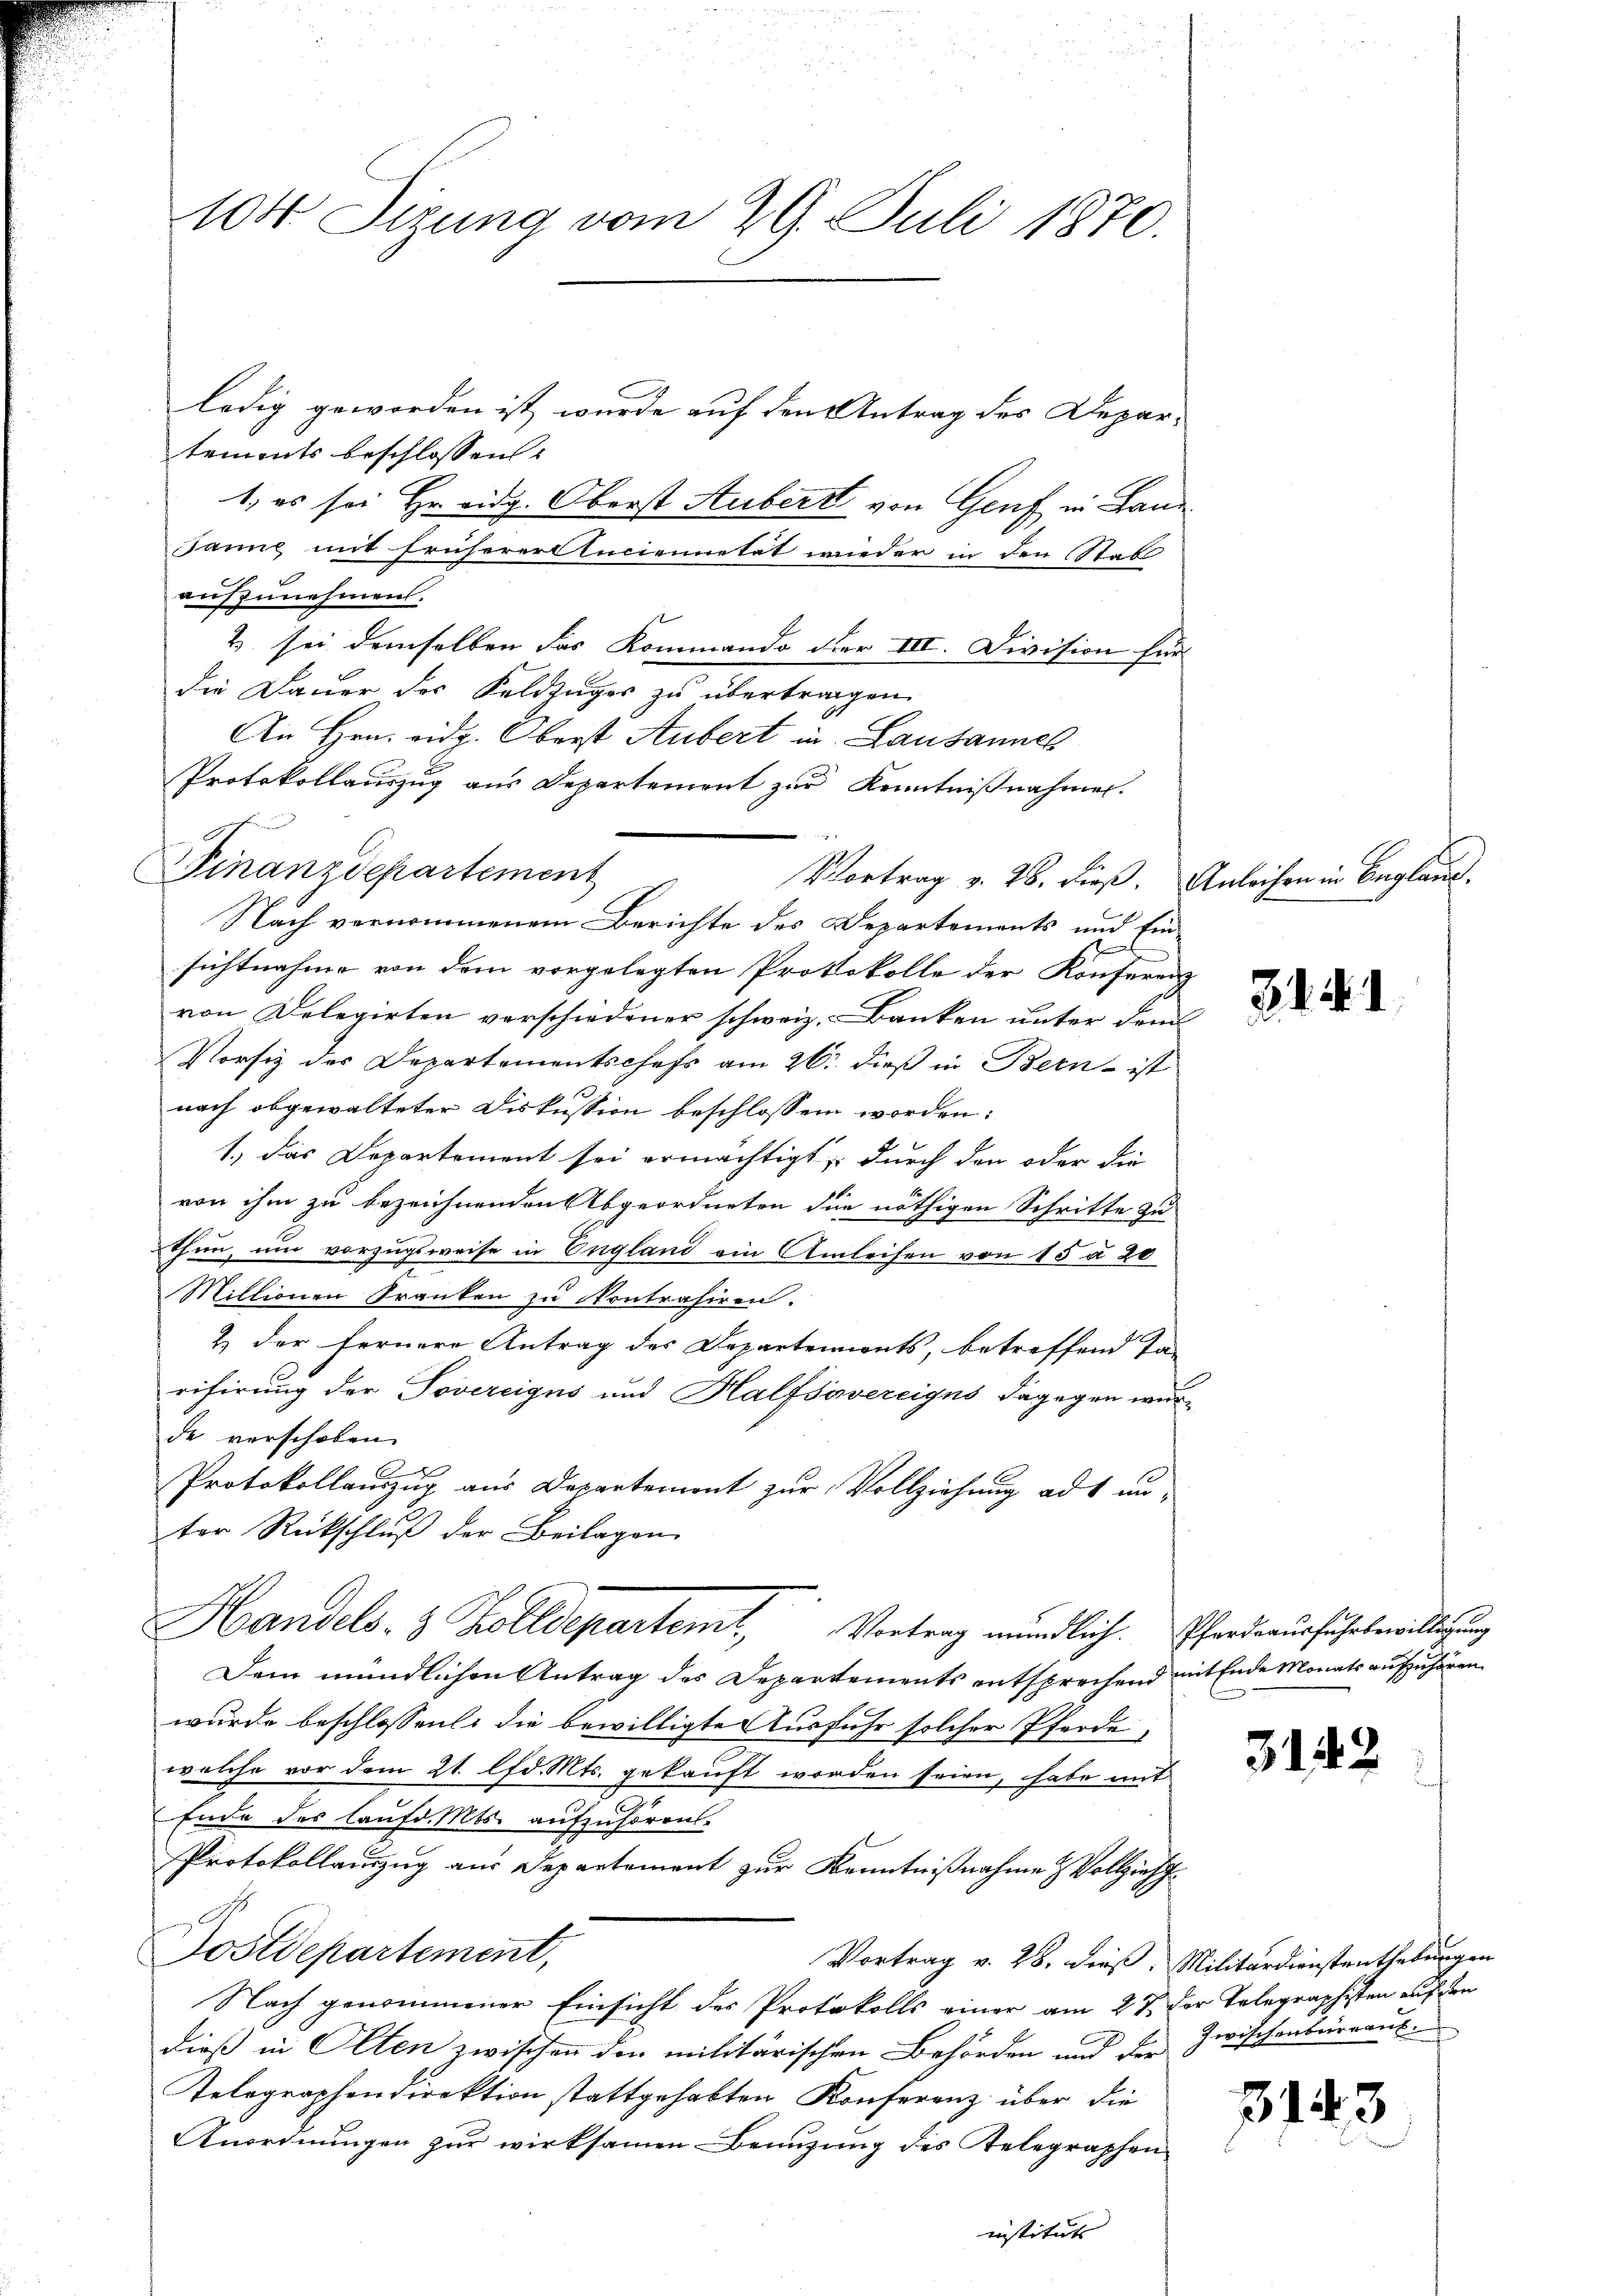
104 Sizung vom 29. Juli 1870.

Finanzdepartement

ledig geworden ist, wurde auf den Antrag des Depar-
tements beschlossen:
1, es sei Hr. eidg. Oberst Aubert von Genf in Land¬
Janne mit frühererllnciennetät wieder in den Statt
aufzunehmen.
2) sei demselben das Kommando der III. Division für
die Dauer der Feldzuges zu übertragen.
An Hrn. eidg. Oberst Aubert in Lausanneh
Protokollauszug aus Departement zur Kenntnißnahmen.
Vortrag v. 26. dieß. Anleihen in Beglaub¬
Nach vernommenem Berichte des Departements und Einsichtnahme von dem vorgelegten Protokolle der Konferenz
von Delegirten verschiedener schweiz. Banken unter dem
Vorsitz der Departementschefs am 26. dieß in Bern - ist
nach obgewalteter Diskussion beschlossen worden:
1.) das Departement sei ermächtigt, durch den oder die
von ihm zu bezeichnenden Abgeordneten die nöthigen Schritte zu
thun, um vorzugsweise in England ein Anleisen von 15 § 20
Millionen Franken zu contrasiren.
& der fernere Antrag des Departements, betreffend Ta-
rifirung der Tovereigus und Halfsovereigns dagegen würde verschoben.
e
2
Protokollauszug aus Departement zur Vollziehung ad un-
ter Rückschluß der Beilagen
Handels- & Zolldepartemt. Vortrag mündlich. Ehesausfuhrbewilligung
Dem mündlichen Antrag des Departements entsprechend mit Ende Monats aufzuhören.
wurde beschlossenti die bewilligte Ausfuhr solcher Pferde,
welche vor dem 21. lfd. Mts. gekauft worden seien, habe mit
Ende des lauf d. Mts. aufzuhören.
Protokollauszug aus Departement zur Kenntnißnahme & Vollzieht
Postdepartement,
Vortrag v. 28. dieß, Militärdienstenthebungen
Nach genommener Einsicht des Protokolls einer am 27. der Telegraphisten auf den
dieß in Olten zwischen der militärischen Behörden und der
Telegraphendirektion stattgehabten Konferenz über die
Anordnungen zur wirksamen Benuzung des Telegraphen
instituts

. . . .

3142

Zwischenbureaus

3143